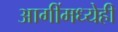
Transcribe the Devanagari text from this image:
आगींमध्येही